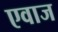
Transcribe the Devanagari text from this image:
एवाज